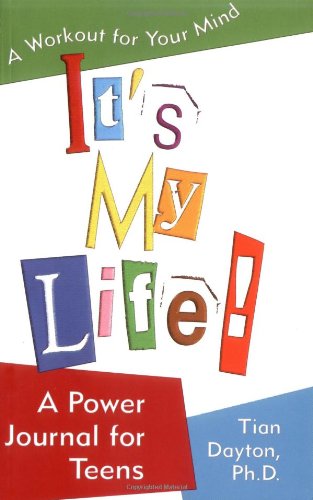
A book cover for It's My Life! A Workout for Your Mind; Tian Dayton  Ph.D.; Teen & Young Adult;